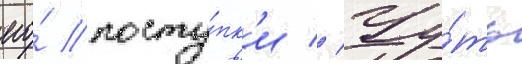
его́ посту́пк'и // Чу́ть